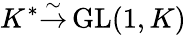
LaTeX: K^{*}{\overset{\sim}{\to}}\operatorname{GL}(1,K)